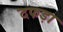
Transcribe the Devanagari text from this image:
दफड़ा